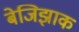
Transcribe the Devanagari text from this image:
बेजिझाक